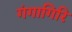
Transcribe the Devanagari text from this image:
गंगागिरि